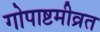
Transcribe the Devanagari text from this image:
गोपाष्टमीव्रत